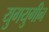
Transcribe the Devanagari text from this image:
युगयुगीन